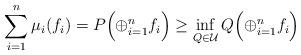
\begin{gather*}\sum_{i=1}^n\mu_i(f_i)=P\Bigl(\oplus_{i=1}^nf_i\Bigr)\ge\inf_{Q\in\mathcal{U}}Q\Bigl(\oplus_{i=1}^nf_i\Bigr)\end{gather*}